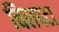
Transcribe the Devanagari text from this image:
चिलपटा